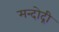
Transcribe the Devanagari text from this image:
मन्दोद्री